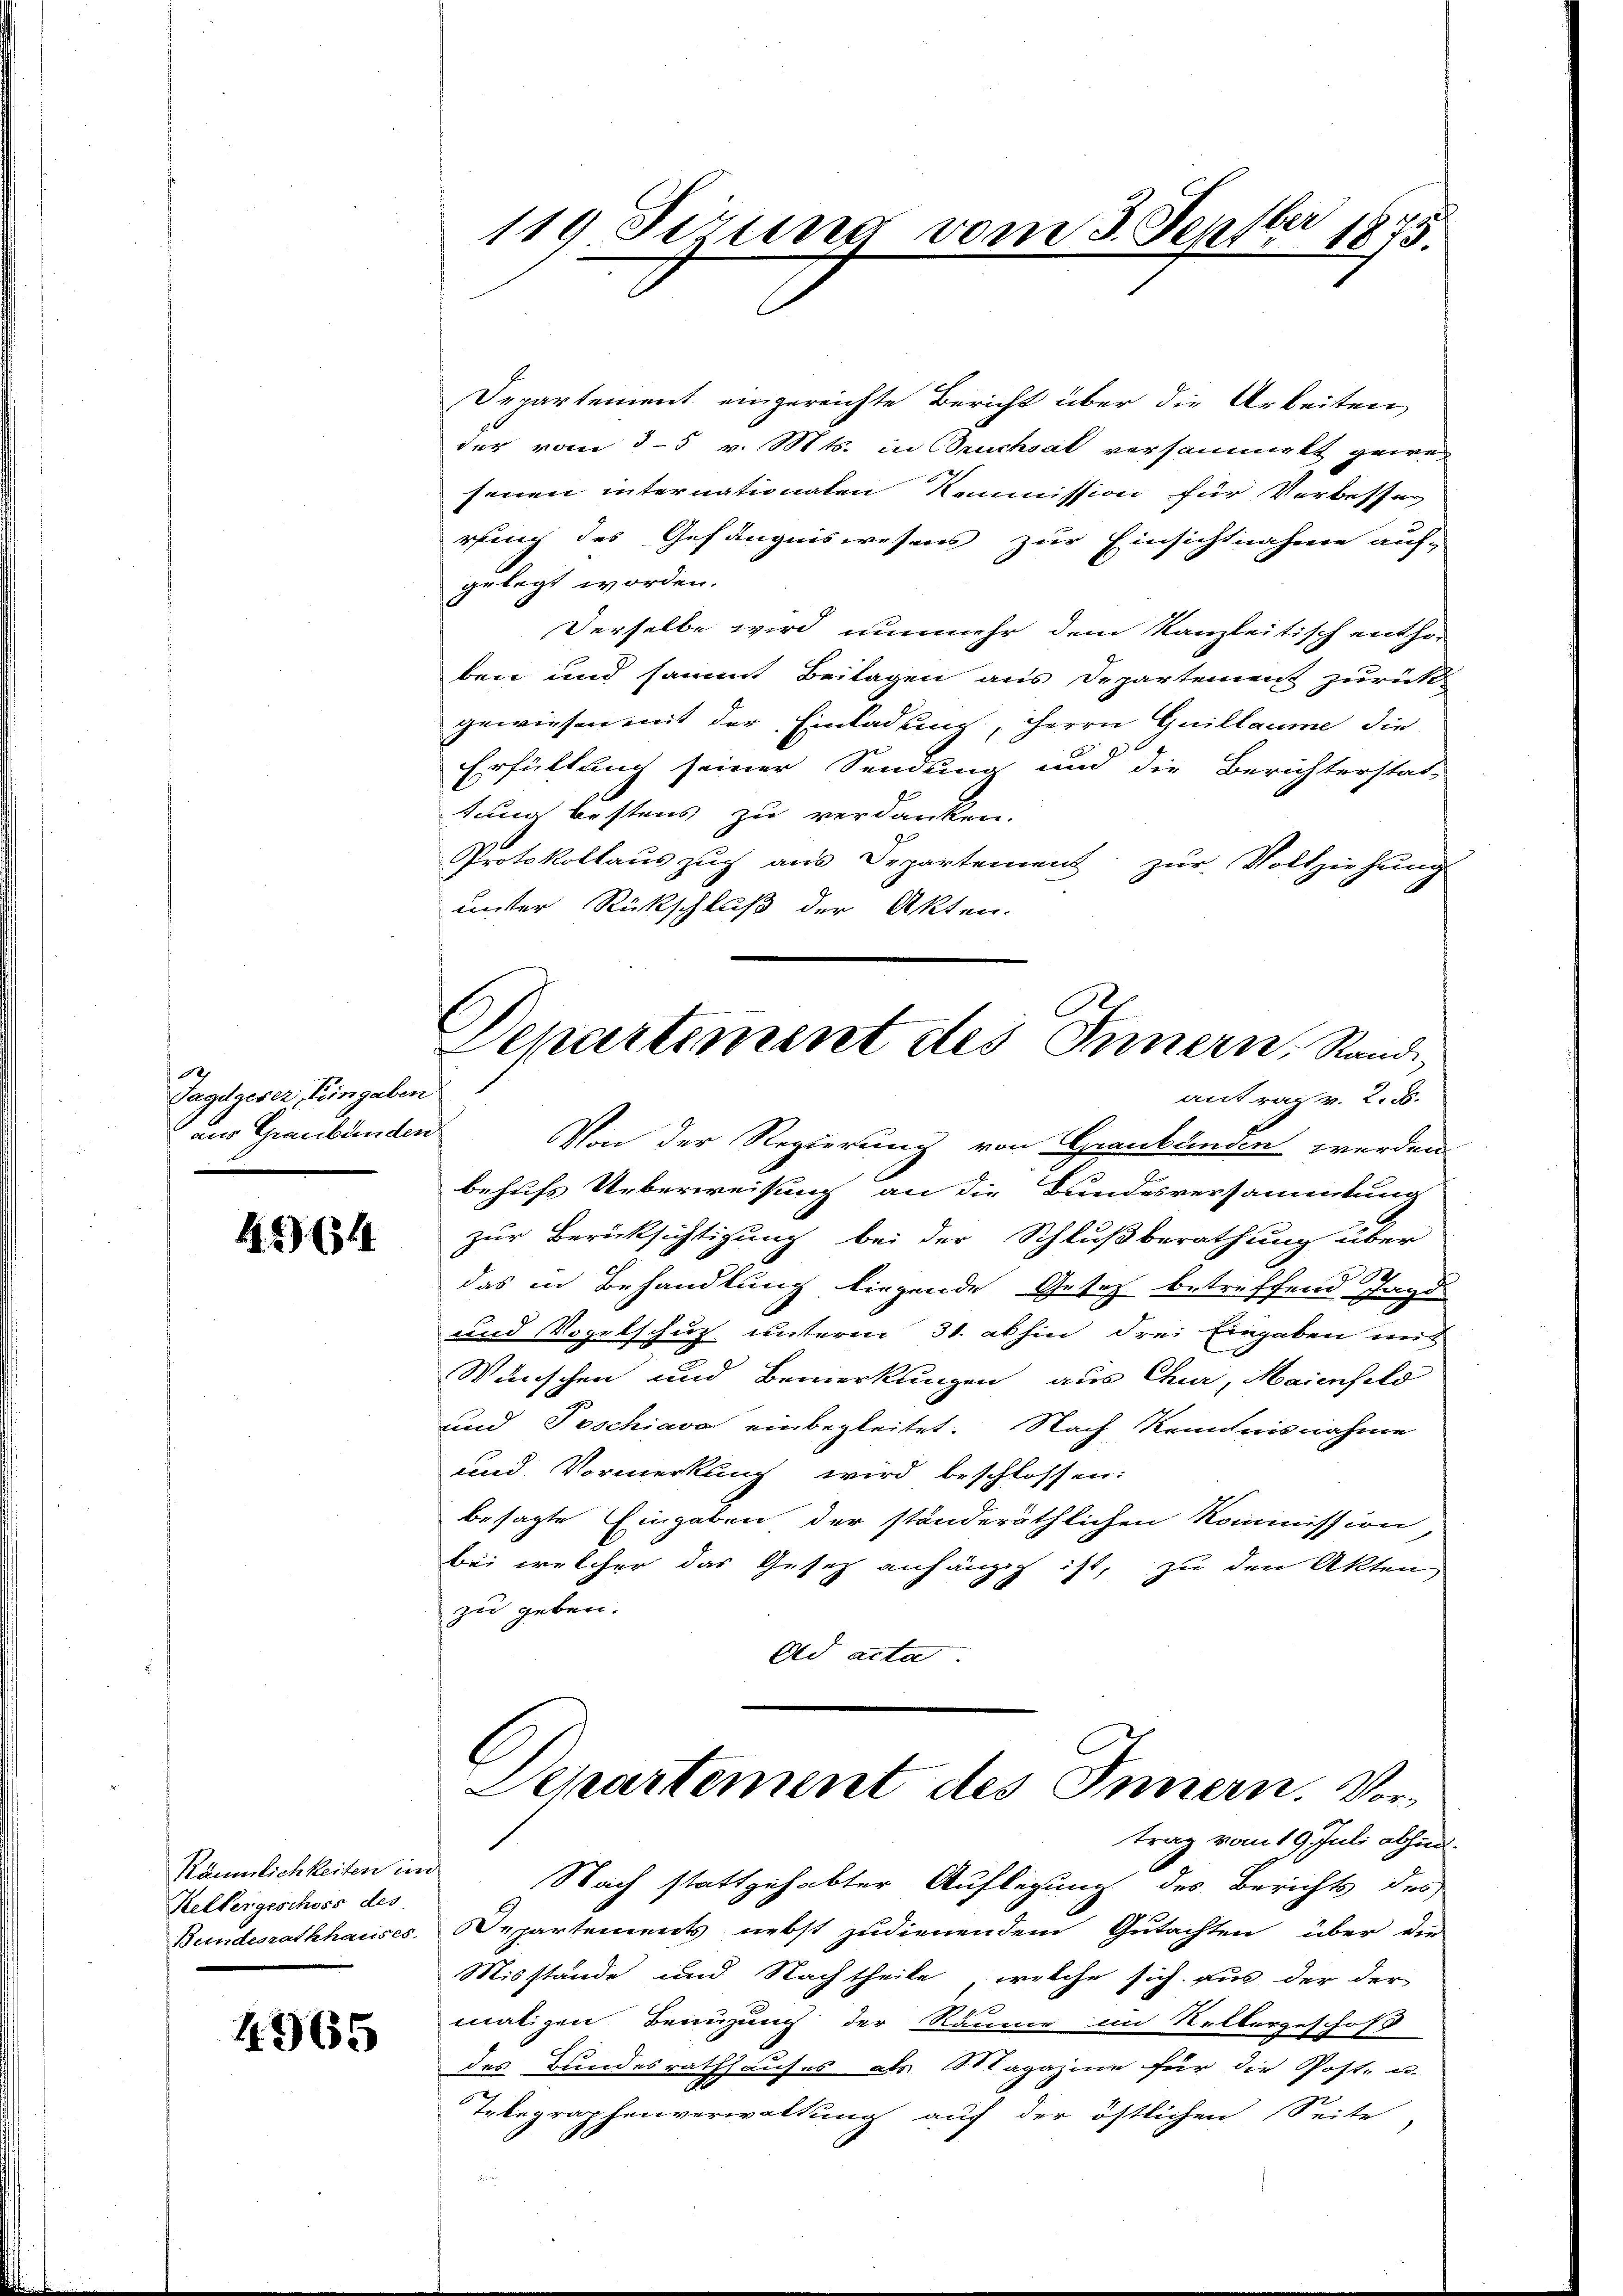
1
Tagelgeser, Eingaben
aus Graubünden

16314

Räumlichkeiten im
Kellergeschoss des

4965

Departement eingereichte Bericht über die Arbeiten
der vom 3.5 v. Mts. in Bruchsat versammelt gewes
senen internationaten Kommission für Verbessen
rfang des Gefängniswesens zur Einsichtnahme auf-
gelegt worden.
Derselbe wird nunmehr dem Kanzleitisch entho-
ben und sammt Beitagen aus Departement zurück
gewiesen mit der Einladung, Herrn Guillaume die
Erfüllung seiner Sendung und die Berichterstat-
tung bestens zu verdanken.
Protokollauszug aus Departement zur Vollziehung
unter Rückschluß der Akten.
zur Berücksichtigung bei der Schlußberathung über
das in Behandlung liegende Gesetz betreffend Jagd
und Vogelschuß unterm 31. abhin drei Eingaben mit
Wünschen und Bemerkungen aus Chur, Maienfeld
und Teschiavo einbegleitet. Nach Kenntnisnahme
und Vormerkung wird beschlossen:
besagte Eingaben der ständeräthlichen Kommission,
bei welcher das Gesetz anhängig ist, zu den Akten
zu geben.
Ad acta
Departement des Innern. Vortrag vom 19. Juli abhin.
Nach stattgehabter Auflegung des Berichts des
Bundesrathhauses, Departements nebst zudienendem Gutachten über die
Misstände und Nachtheile, welche sich aus der der
maligen Benuzung der Räume im Selbergeschoß
des Bundesrathhauses als Magazine für die Post- u.
Trbegraphenverwaltung auf der östlichen Seite

1
119. Sizung vom 3. Sept. 1875.

Departement des Innern, Stande
antrag v. 2. 5.
Von der Regierung von Graubünden werden
behufs Ueberweisung an die Bundesversammlung